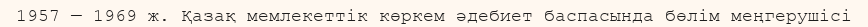
1957 — 1969 ж. Қазақ мемлекеттік көркем әдебиет баспасында бөлім меңгерушісі